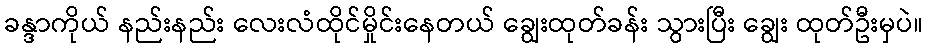
ခန္ဒာကိုယ် နည်းနည်း လေးလံထိုင်မှိုင်းနေတယ် ချွေးထုတ်ခန်း သွားပြီး ချွေး ထုတ်ဦးမှပဲ။